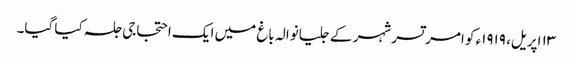
١٣ اپریل، ١٩١٩ء کو امرتسر شہر کے جلیانوالہ باغ میں ایک احتجاجی جلسہ کیا گیا۔